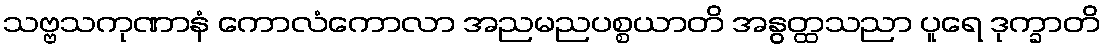
သဗ္ဗသကုဏာနံ ကောလံကောလာ အညမညပစ္စယာတိ အနွတ္ထသညာ ပူရေ ဒုက္ခာတိ